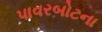
પાવરબોટના